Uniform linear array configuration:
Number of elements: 64
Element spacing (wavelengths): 0.25
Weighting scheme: kaiser
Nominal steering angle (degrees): -30
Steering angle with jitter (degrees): -28.924
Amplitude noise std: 0.05
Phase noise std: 0.05

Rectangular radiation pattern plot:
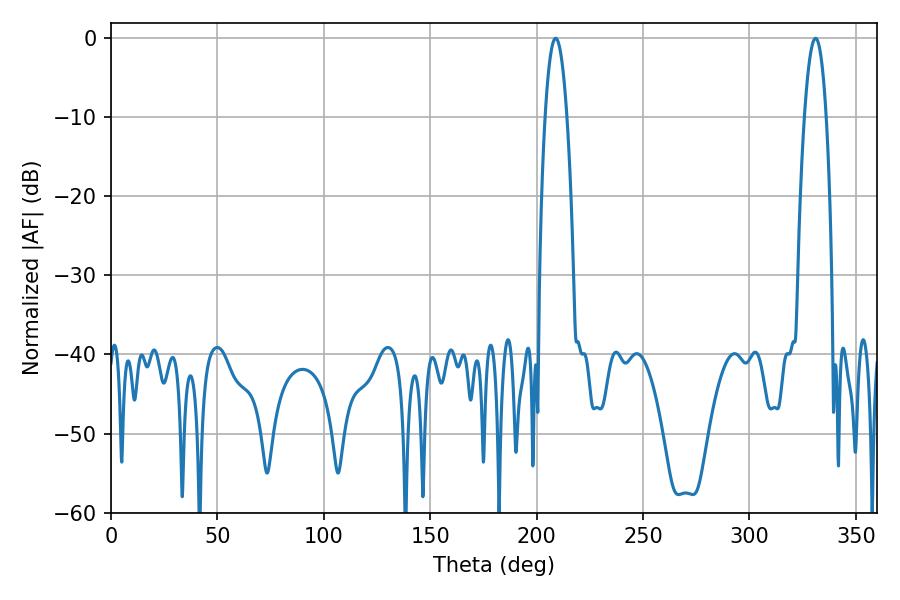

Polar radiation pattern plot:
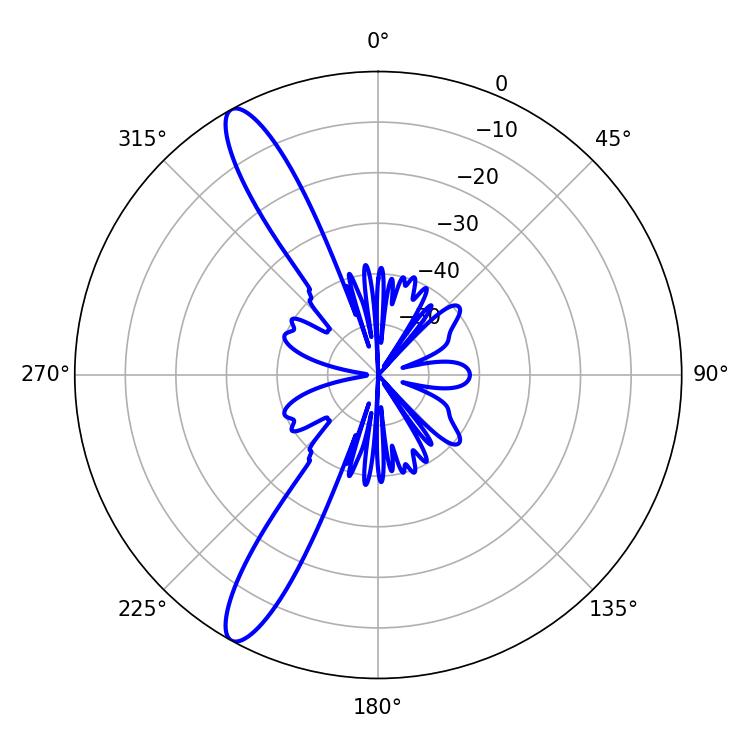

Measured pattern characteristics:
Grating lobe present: FALSE
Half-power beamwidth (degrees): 5.76
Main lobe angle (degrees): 208.98